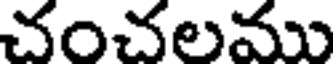
చంచలము